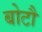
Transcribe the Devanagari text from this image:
बोटौ